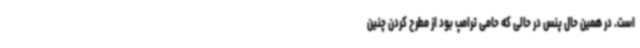
است. در همین حال پنس در حالی که حامی ترامپ بود از مطرح کردن چنین